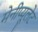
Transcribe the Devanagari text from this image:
मेनीप्यूलेट